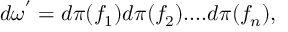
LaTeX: d { \omega } ^ { ' } = d { \pi } ( f _ { 1 } ) d { \pi } ( f _ { 2 } ) . . . . d { \pi } ( f _ { n } ) ,